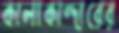
কালাকান্দারের